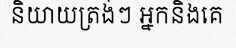
និយាយត្រង់ៗ អ្នកនិងគេ